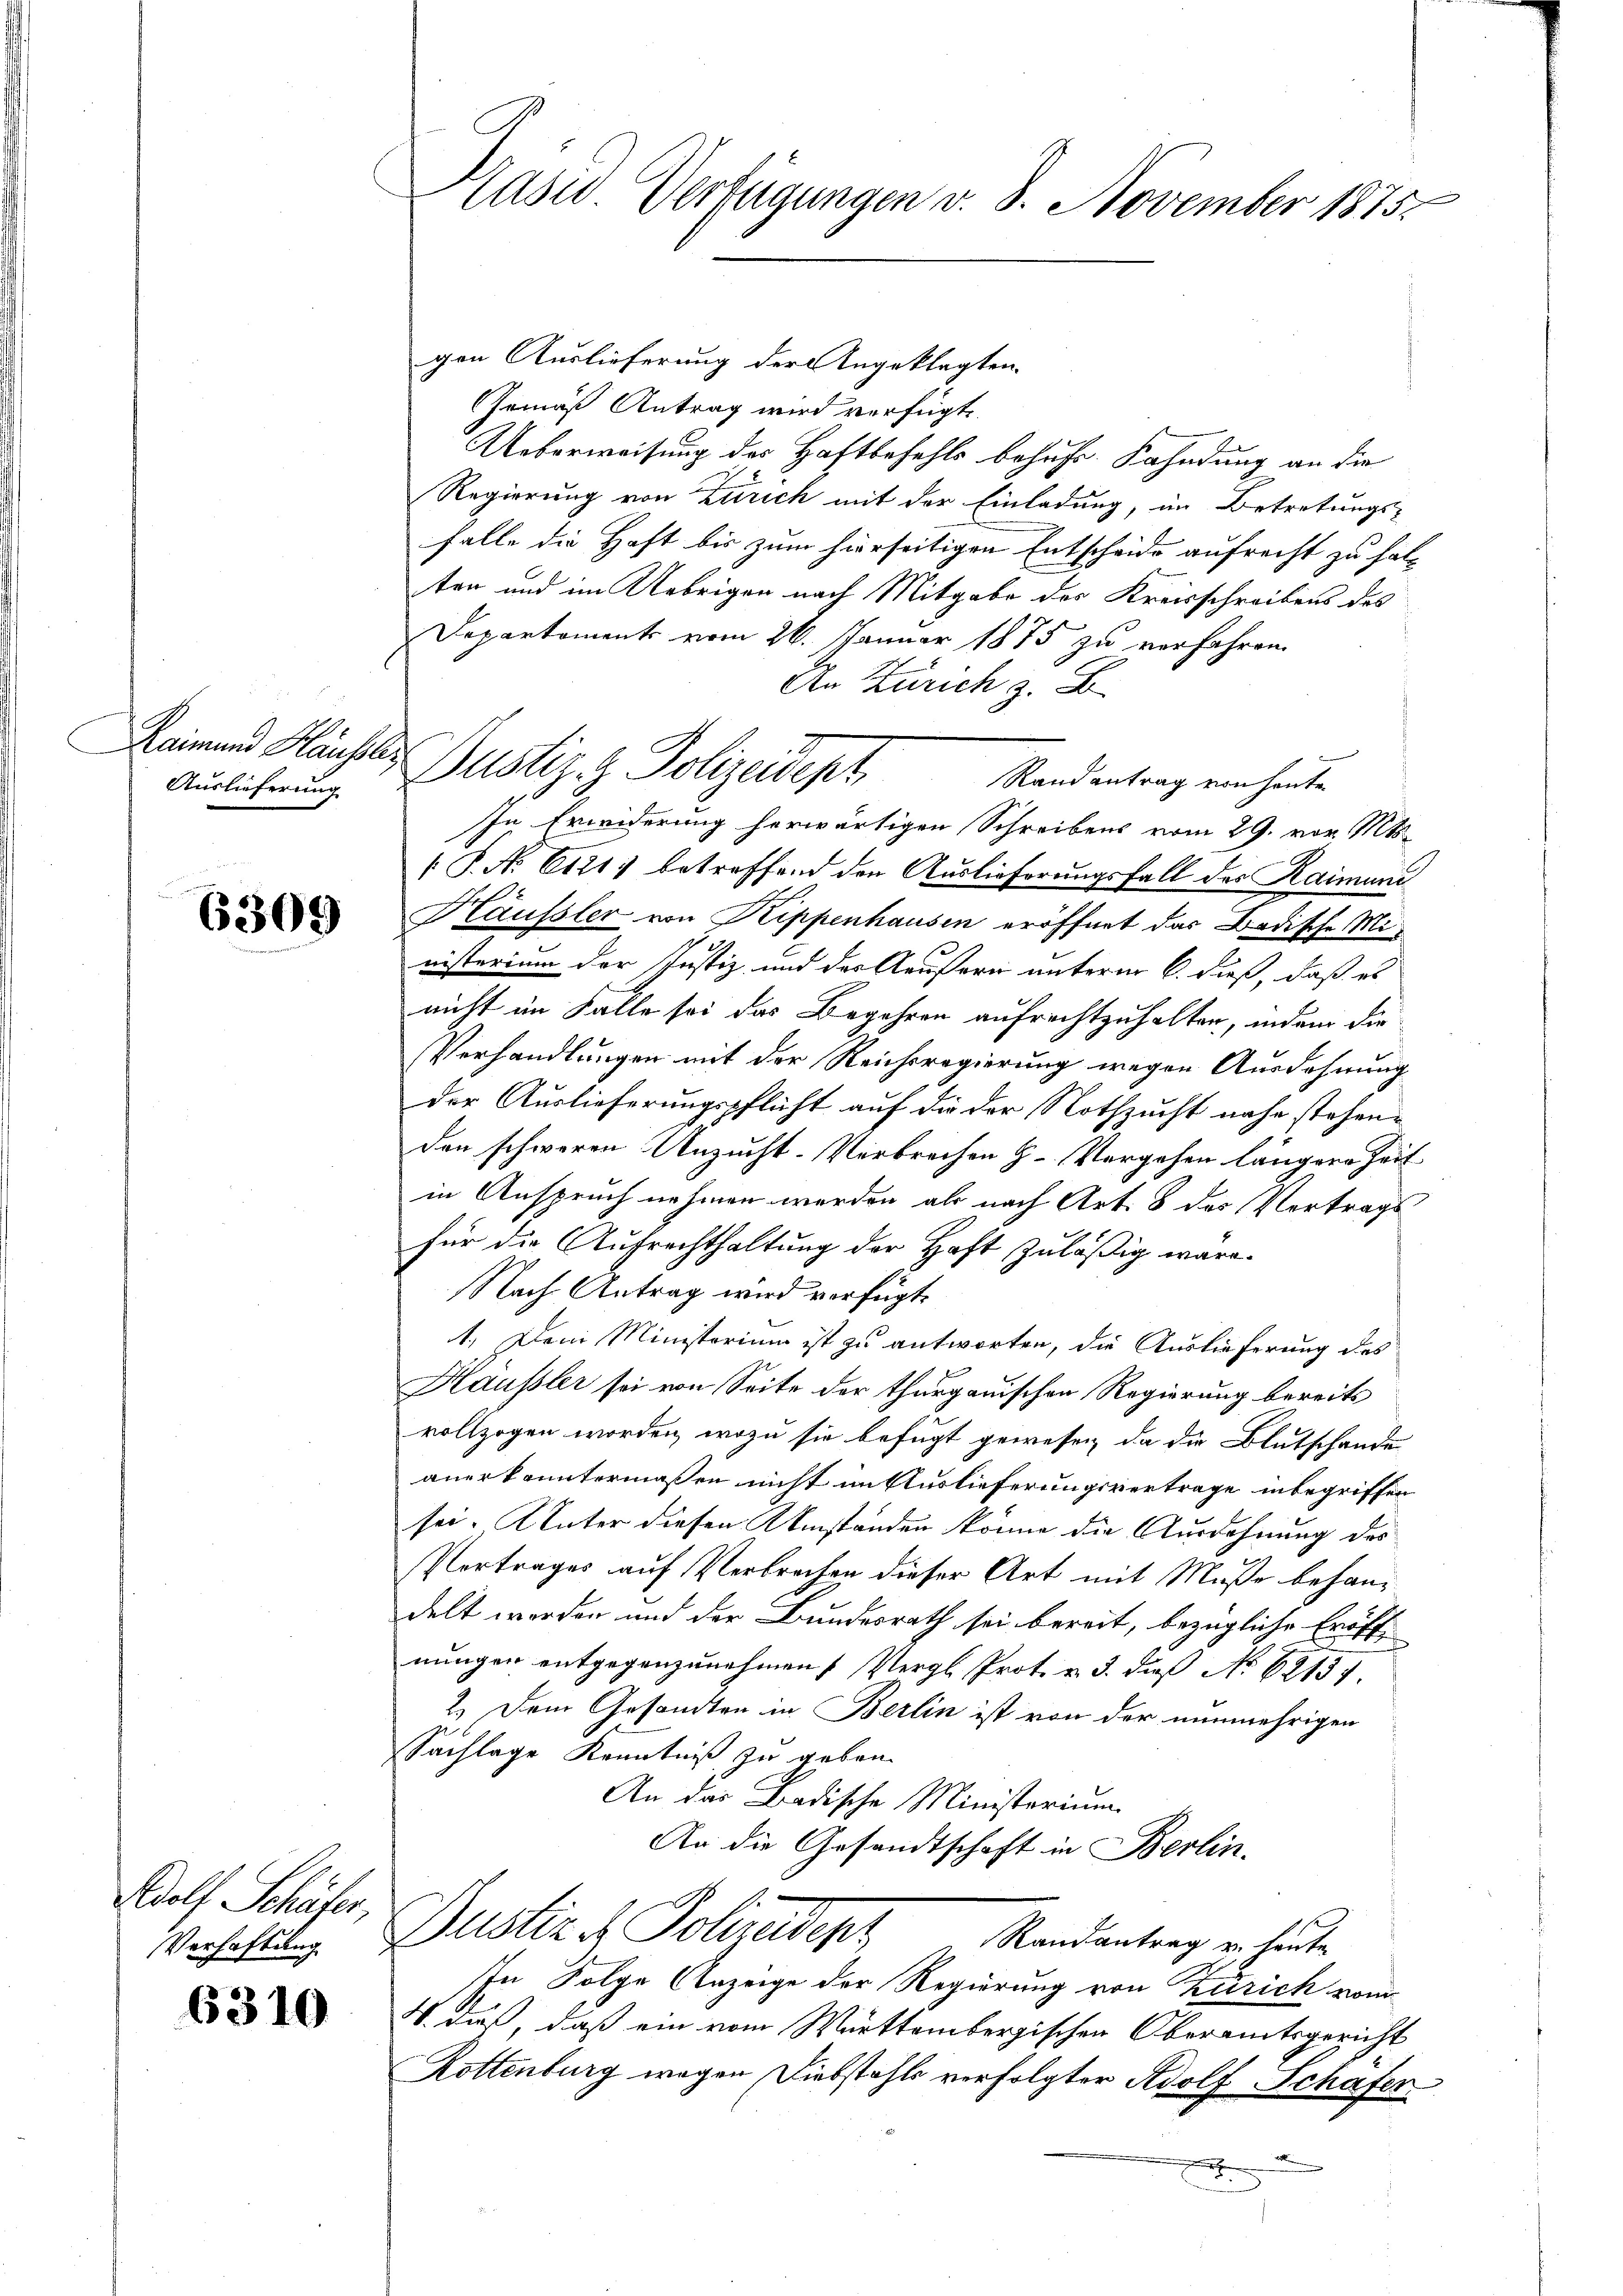
Raimund Häusler
Auslieferung

6309

Adolf Schäfer,
Verhaftung

6310

Präsid Verfügungen v. 8. November 1875.

Justiz- & Polizeidept,

gen Auslieferung der Angeklagten.
Gemäß Antrag wird verfügt
Ueberweisung des Haftbefehls behuhr. Kahndung an die
Regierung von Zürich mit der Einladung, im Betretungs-
falle die Haft bis zum hierseitigen Entscheide aufrecht zu halten und im Uebrigen nach Mitgabe des Kreisschreibens des
Departements vom 26. Januar 1875 zu verfahren.
An Zürich z. B.
Randantrag von heute
In Erwiderung herwärtigen Schreibens vom 29. vor. Mts.
 P. Nr. 611. betreffend den Auslieferungsfall des Raimun
Häusler von Kippenhausen eröffnet das Badische Ministerium der Justiz und des Aeußern unterm 6. dieß, daß es
nicht im Falle sei das Begehren aufrechtzuhalten, indem die¬
Verhandlungen mit der Reichsregierung wegen Ansdohnung
der Auslieferungspflicht auf die der Nothzucht nahe stehenden schweren Unzucht-Verbrechen H. Vergehen längere Zeit
in Anspruch nehmen werden als nach Art. 8 das Vertrags
für die Aufrechthaltung der Haft zuläßig wäre.
Nach Antrag wird verfügt.
1. Den Ministerium ist zu antworten, die Auslieferung des
Häusler sei von Seite der thurgauischen Regierung bereits
vollzogen worden, wozu sie befugt gewesen, da die Blutschande
anerkanntermaßen nicht im Auslieferungsvertrage inbegriffen
sei. Unter diesen Umständen könne die Ausdehnung des
Vertrages auf Verbrechen dieser Art mit Muße behandelt werden und der Bundesrath sei bereit, bezügliche Eröffnungen entgegenzunehmens Vergl. Prot. v. 3. daß No 62137.
2.) Dem Gesandten in Berlin ist von der nunmehrigen
Sachlage Kenntniß zu geben.
An das Badische Ministerium
An die Gesandtschaft in Berlin.
Justiz. Politudes Randantrag er heute
In Folge Anzeige der Regierung von Zürich vom
V. daß, daß ein vom Württembergischen Oberamtsgericht
Rottenburg wegen Diebstahls verfolgter Adolf Schäfer
x
a